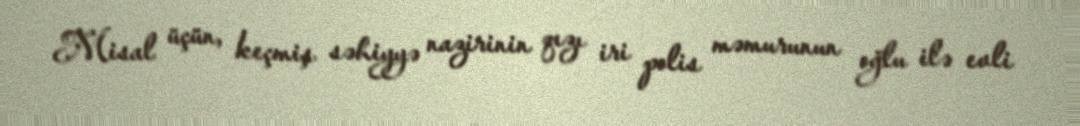
Misal üçün, keçmiş səhiyyə nazirinin qızı iri polis məmurunun oğlu ilə evli